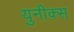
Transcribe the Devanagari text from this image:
युनीक्स